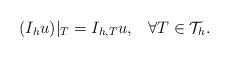
LaTeX: \begin{align*}(I_hu)|_{T}=I_{h,T}u, \;\;\; \forall T\in \mathcal{T}_h.\end{align*}